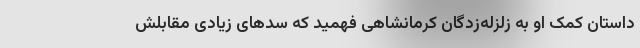
داستان کمک او به زلزله‌زدگان کرمانشاهی فهمید که سدهای زیادی مقابلش